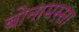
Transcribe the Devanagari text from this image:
बोनामस्सा